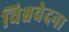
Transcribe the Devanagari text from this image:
विश्ववेदना